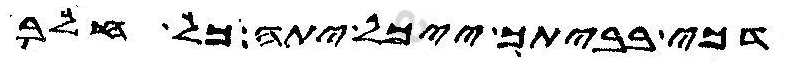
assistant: דכי בביתך ייכל יתה כל חלב